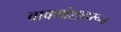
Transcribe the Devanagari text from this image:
वाक्यांशावरून